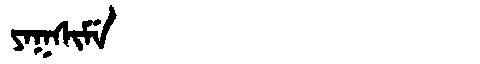
Manchu: ᠶᠠᡴᠰᡳᠮᡝ
Romanization: YAKSIME